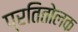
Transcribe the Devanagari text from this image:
प्रतितोलक